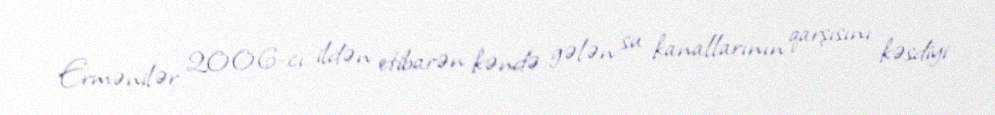
Ermənilər 2006-cı ildən etibarən kəndə gələn su kanallarının qarşısını kəsdiyi